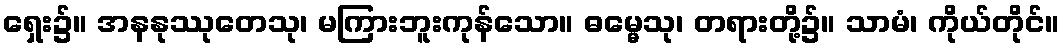
ရှေး၌။ အနနုဿုတေသု၊ မကြားဘူးကုန်သော။ ဓမ္မေသု၊ တရားတို့၌။ သာမံ၊ ကိုယ်တိုင်။